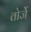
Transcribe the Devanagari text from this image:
तोर्जे